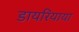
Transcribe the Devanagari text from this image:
डायरियाया